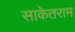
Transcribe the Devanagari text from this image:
साकेतराम